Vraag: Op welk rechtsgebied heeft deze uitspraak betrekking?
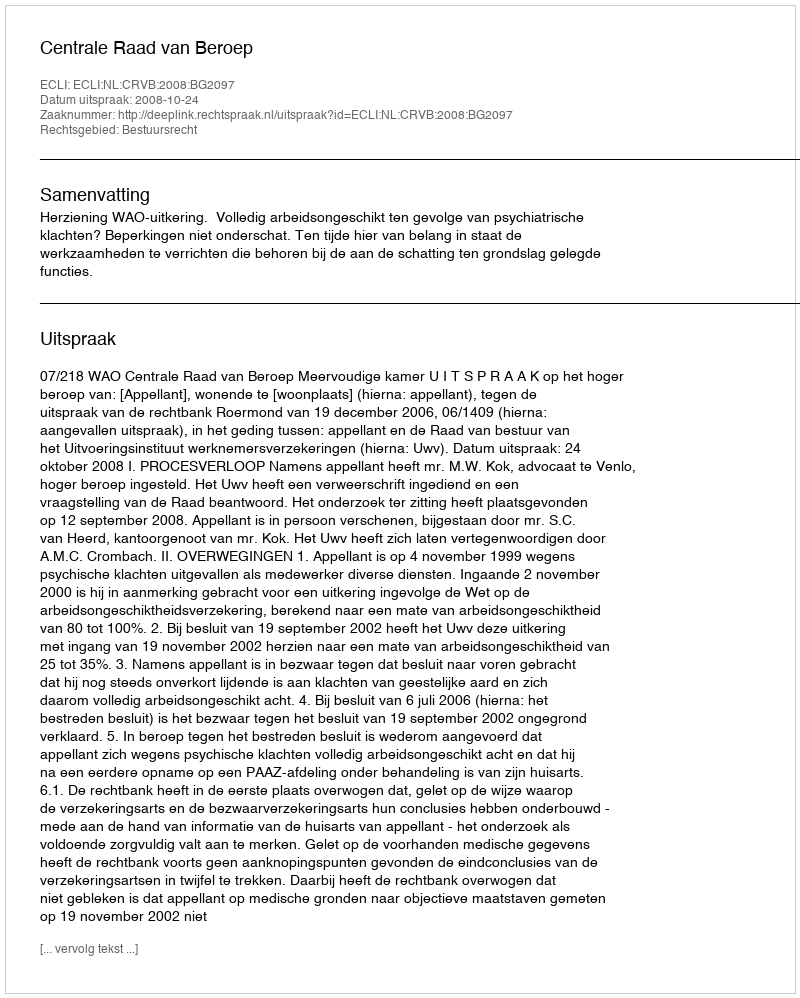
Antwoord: Bestuursrecht